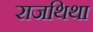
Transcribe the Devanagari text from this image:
राजथिथा